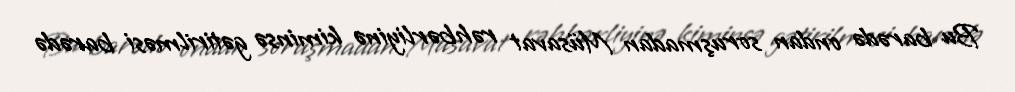
Bu barədə ondan soruşmadan Müsavat rəhbərliyinə kiminsə gətirilməsi barədə